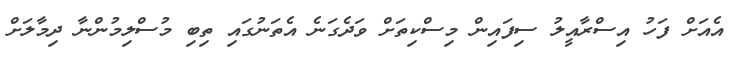
އެއަށް ފަހު އިސްރާއީލު ސިފައިން މިސްކިތަށް ވަދެގަނެ އެތަނުގައި ތިބި މުސްލިމުންނާ ދިމާލަށް